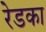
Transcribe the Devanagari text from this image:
रेडका